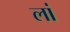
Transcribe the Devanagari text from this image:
लां